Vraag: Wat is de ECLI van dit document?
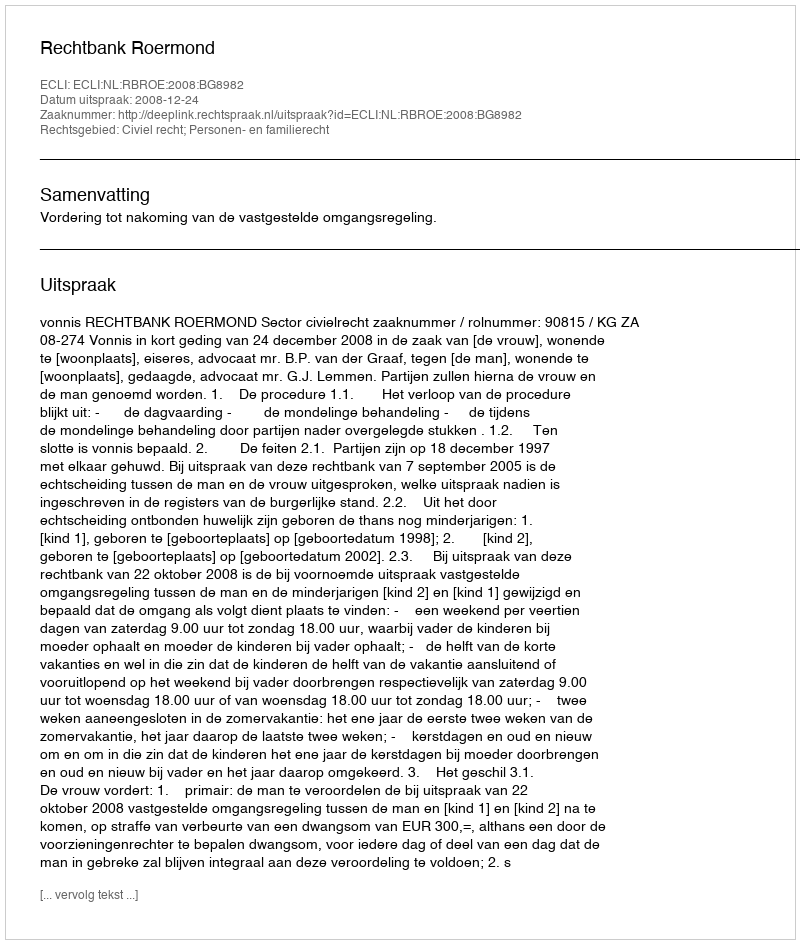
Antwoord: ECLI:NL:RBROE:2008:BG8982